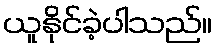
ယူနိုင်ခဲ့ပါသည်။